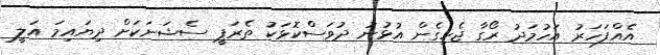
އެއްފަހަރު އަހުމަދު ރޯގާ ޖެހިގެން އުޅުނު ދުވަސްކޮޅަކު ތެރަޕީ ސެޝަނަކަށް ދިޔައިމަ އަލީ